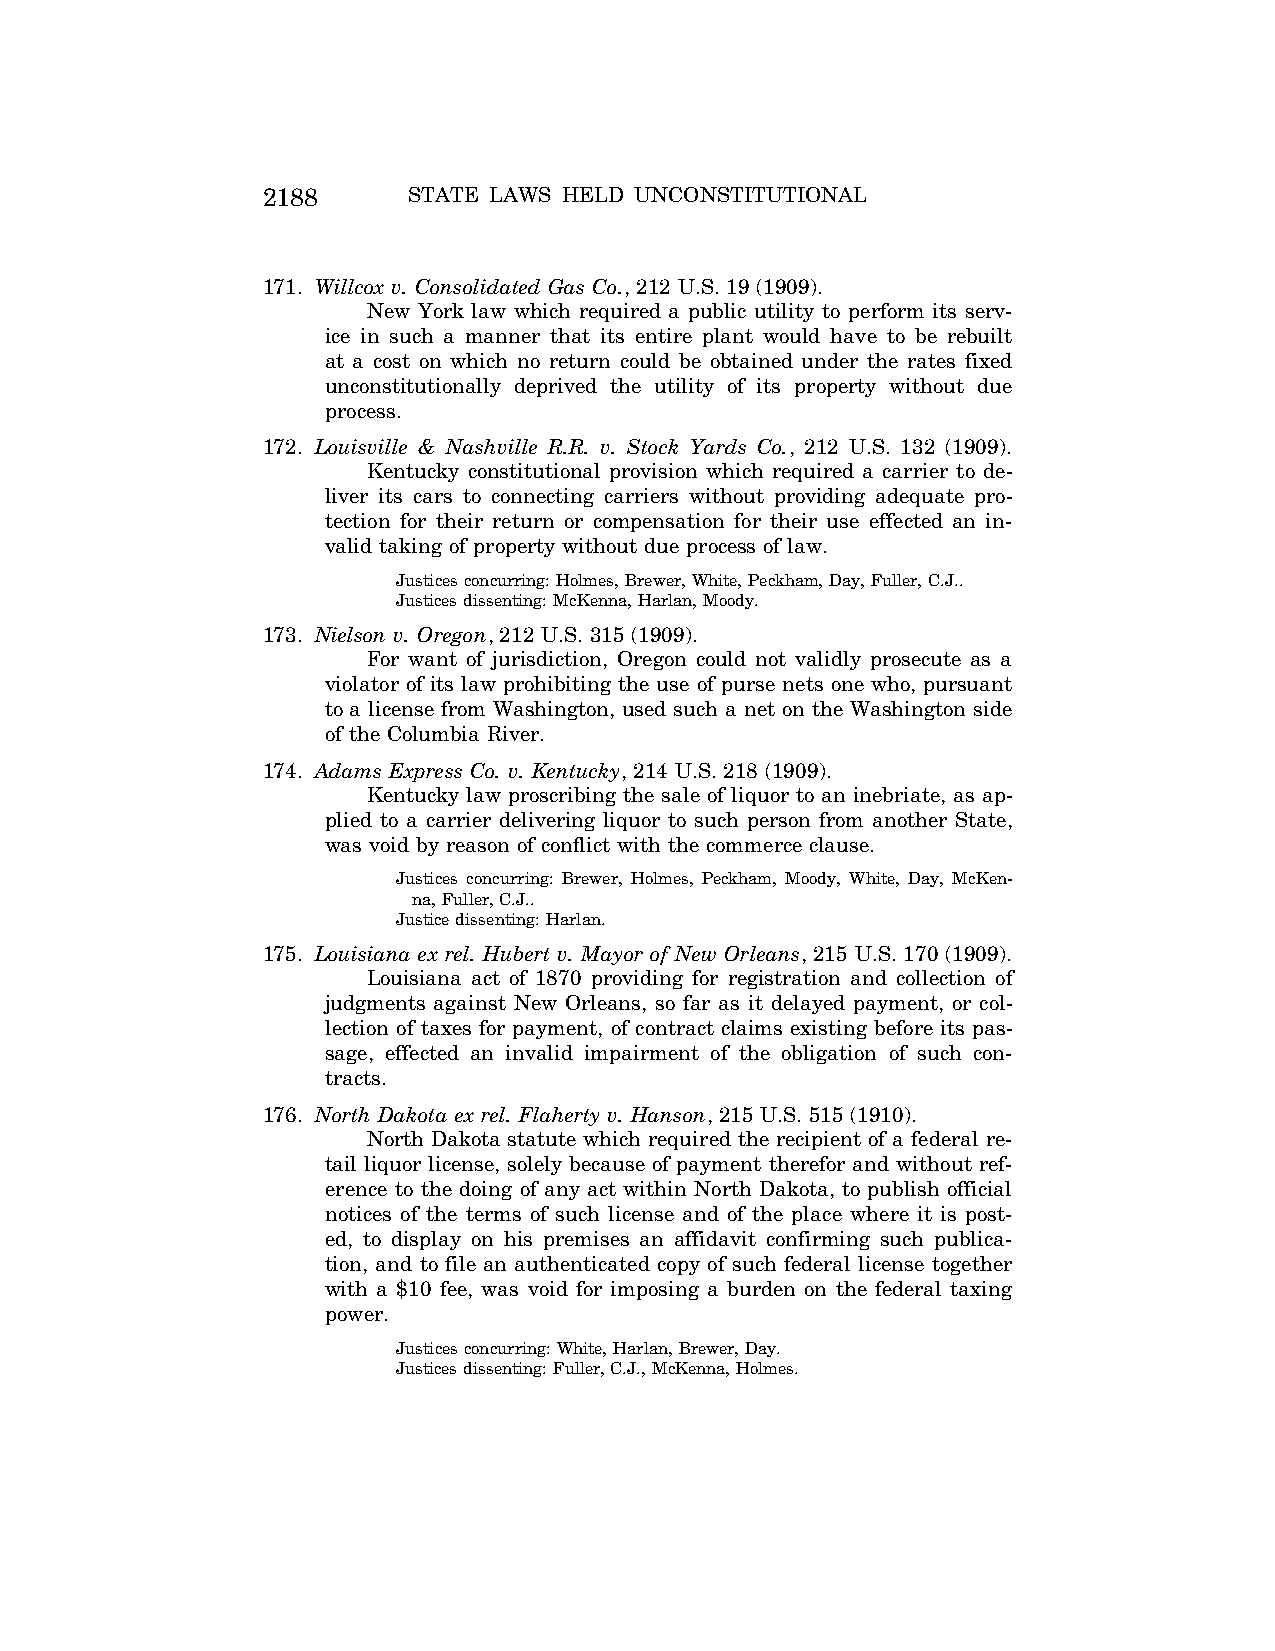
2188      STATE LAWS HELD UNCONSTITUTIONAL
 171. Willcox v. Consolidated Gas Co., 212 U.S. 19 (1909).
 New York law which required a public utility to perform its serv-
 ice in such a manner that its entire plant would have to be rebuilt
 at a cost on which no return could be obtained under the rates fixed
 unconstitutionally deprived the utility of its property without due
 process.
 172. Louisville & Nashville R.R. v. Stock Yards Co., 212 U.S. 132 (1909).
 Kentucky constitutional provision which required a carrier to de-
 liver its cars to connecting carriers without providing adequate pro-
 tection for their return or compensation for their use effected an in-
 valid taking of property without due process of law.
 Justices concurring: Holmes, Brewer, White, Peckham, Day, Fuller, C.J..
 Justices dissenting: McKenna, Harlan, Moody.
 173. Nielson v. Oregon, 212 U.S. 315 (1909).
 For want of jurisdiction, Oregon could not validly prosecute as a
 violator of its law prohibiting the use of purse nets one who, pursuant
 to a license from Washington, used such a net on the Washington side
 of the Columbia River.
 174. Adams Express Co. v. Kentucky, 214 U.S. 218 (1909).
 Kentucky law proscribing the sale of liquor to an inebriate, as ap-
 plied to a carrier delivering liquor to such person from another State,
 was void by reason of conflict with the commerce clause.
 Justices concurring: Brewer, Holmes, Peckham, Moody, White, Day, McKen-
 na, Fuller, C.J..
 Justice dissenting: Harlan.
 175. Louisiana ex rel. Hubert v. Mayor of New Orleans, 215 U.S. 170 (1909).
 Louisiana act of 1870 providing for registration and collection of
 judgments against New Orleans, so far as it delayed payment, or col-
 lection of taxes for payment, of contract claims existing before its pas-
 sage, effected an invalid impairment of the obligation of such con-
 tracts.
 176. North Dakota ex rel. Flaherty v. Hanson, 215 U.S. 515 (1910).
 North Dakota statute which required the recipient of a federal re-
 tail liquor license, solely because of payment therefor and without ref-
 erence to the doing of any act within North Dakota, to publish official
 notices of the terms of such license and of the place where it is post-
 ed, to display on his premises an affidavit confirming such publica-
 tion, and to file an authenticated copy of such federal license together
 with a $10 fee, was void for imposing a burden on the federal taxing
 power.
 Justices concurring: White, Harlan, Brewer, Day.
 Justices dissenting: Fuller, C.J., McKenna, Holmes.
 VerDate Aug<04>2004 12:57 Aug 23, 2004 Jkt 077500 PO 00000 Frm 00028 Fmt 8222 Sfmt 8222 C:\CONAN\CON064.SGM PRFM99 PsN: CON064